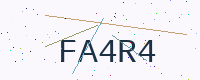
Text: FA4R4